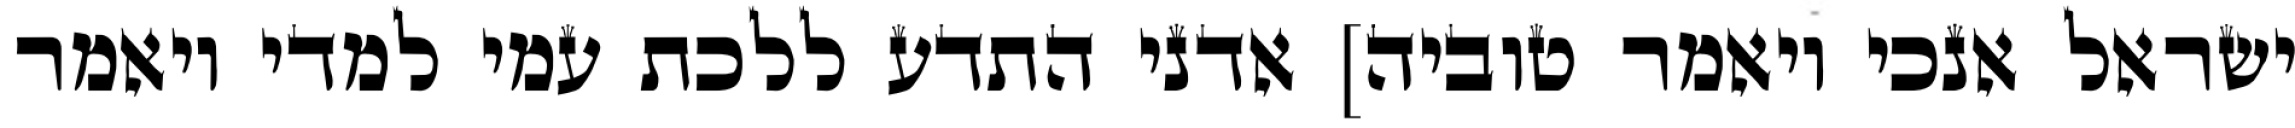
ישראל אנכי ויאמר טוביה] אדני התדע ללכת עמי למדי ויאמר